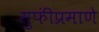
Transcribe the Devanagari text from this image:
सुफींप्रमाणे